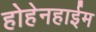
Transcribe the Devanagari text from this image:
होहेनहाईम